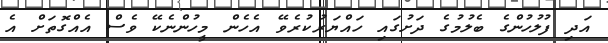
އަދި ފުލުހުންގެ ބެލުމުގެ ދަށުގައި ހައްޔަރުކުރެވޭ އެހެން މީހުންނެކޭ ވެސް އެއްގޮތަށް އެ